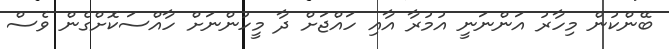
ބޭންކުން މިހާރު އަންނަނީ އުމުރާ އާއި ހައްޖަށް ދާ މީހުންނަށް ހާއްސަކޮށްގެން ވެސް